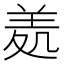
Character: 𦍶